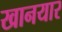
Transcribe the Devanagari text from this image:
खानयार